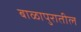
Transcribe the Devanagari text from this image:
बाळापुरातील